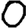
Digit: 0